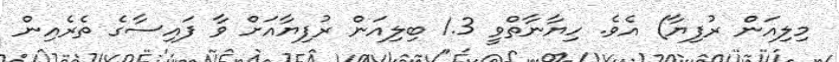
މިލިއަން ރުފިޔާ) އެވެ. ހިޔާނާތްވީ 1.3 ބިލިއަން ރުފިޔާއަށް ވާ ފައިސާގެ ތެރެއިން